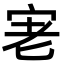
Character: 𭓮